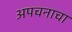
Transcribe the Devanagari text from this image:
अपचनाचा